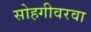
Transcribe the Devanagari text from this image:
सोहगीवरवा